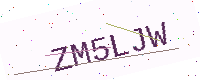
Text: ZM5LJW